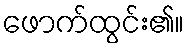
ဖောက်ထွင်း၏။